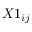
X 1 _ { i j }